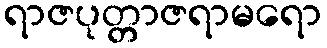
ရာဇပုတ္တာဇရာမရော